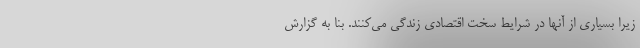
زیرا بسیاری از آنها در شرایط سخت اقتصادی زندگی می‌کنند. بنا به گزارش